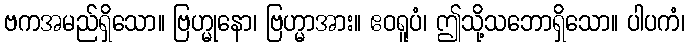
ဗကအမည်ရှိသော။ ဗြဟ္မုနော၊ ဗြဟ္မာအား။ ဧဝရူပံ၊ ဤသို့သဘောရှိသော။ ပါပကံ၊